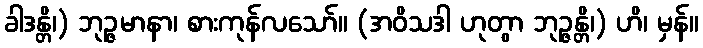
ခါဒန္တိ၊) ဘုဉ္ဇမာနာ၊ စားကုန်လသော်။ (အဝိသဒါ ဟုတွာ ဘုဉ္ဇန္တိ၊) ဟိ၊ မှန်။